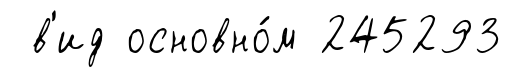
в'ид основно́м 245293